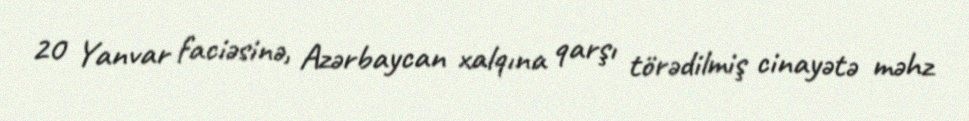
20 Yanvar faciəsinə, Azərbaycan xalqına qarşı törədilmiş cinayətə məhz